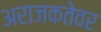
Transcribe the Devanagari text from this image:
अराजकतेवर